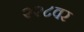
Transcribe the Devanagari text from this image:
२२८वर